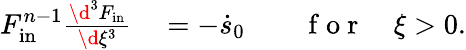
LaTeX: \begin{array}{rlrl}{F_{\mathrm{in}}^{n-1}\frac{\d^{3}F_{\mathrm{in}}}{\d\xi^{3}}}&{{}=-\dot{s}_{0}}&{}&{{}\mathrm{~f~o~r~}\quad\xi>0.}\end{array}